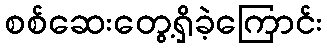
စစ်ဆေးတွေ့ရှိခဲ့ကြောင်း